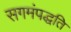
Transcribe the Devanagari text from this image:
सगमंपद्धति